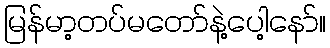
မြန်မာ့တပ်မတော်နဲ့ပေါ့နော်။